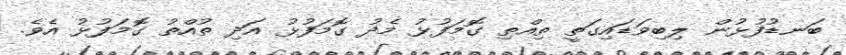
ބަނޑުފުޅުން ލިބިވަޑައިގަތީ ތިއްތި ގޮމަފުޅު މެދު ގޮމަފުޅު އަދި ތުއްތު ގޮމަފުޅު އެވެ.